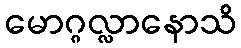
မောဂ္ဂလ္လာနောသိ